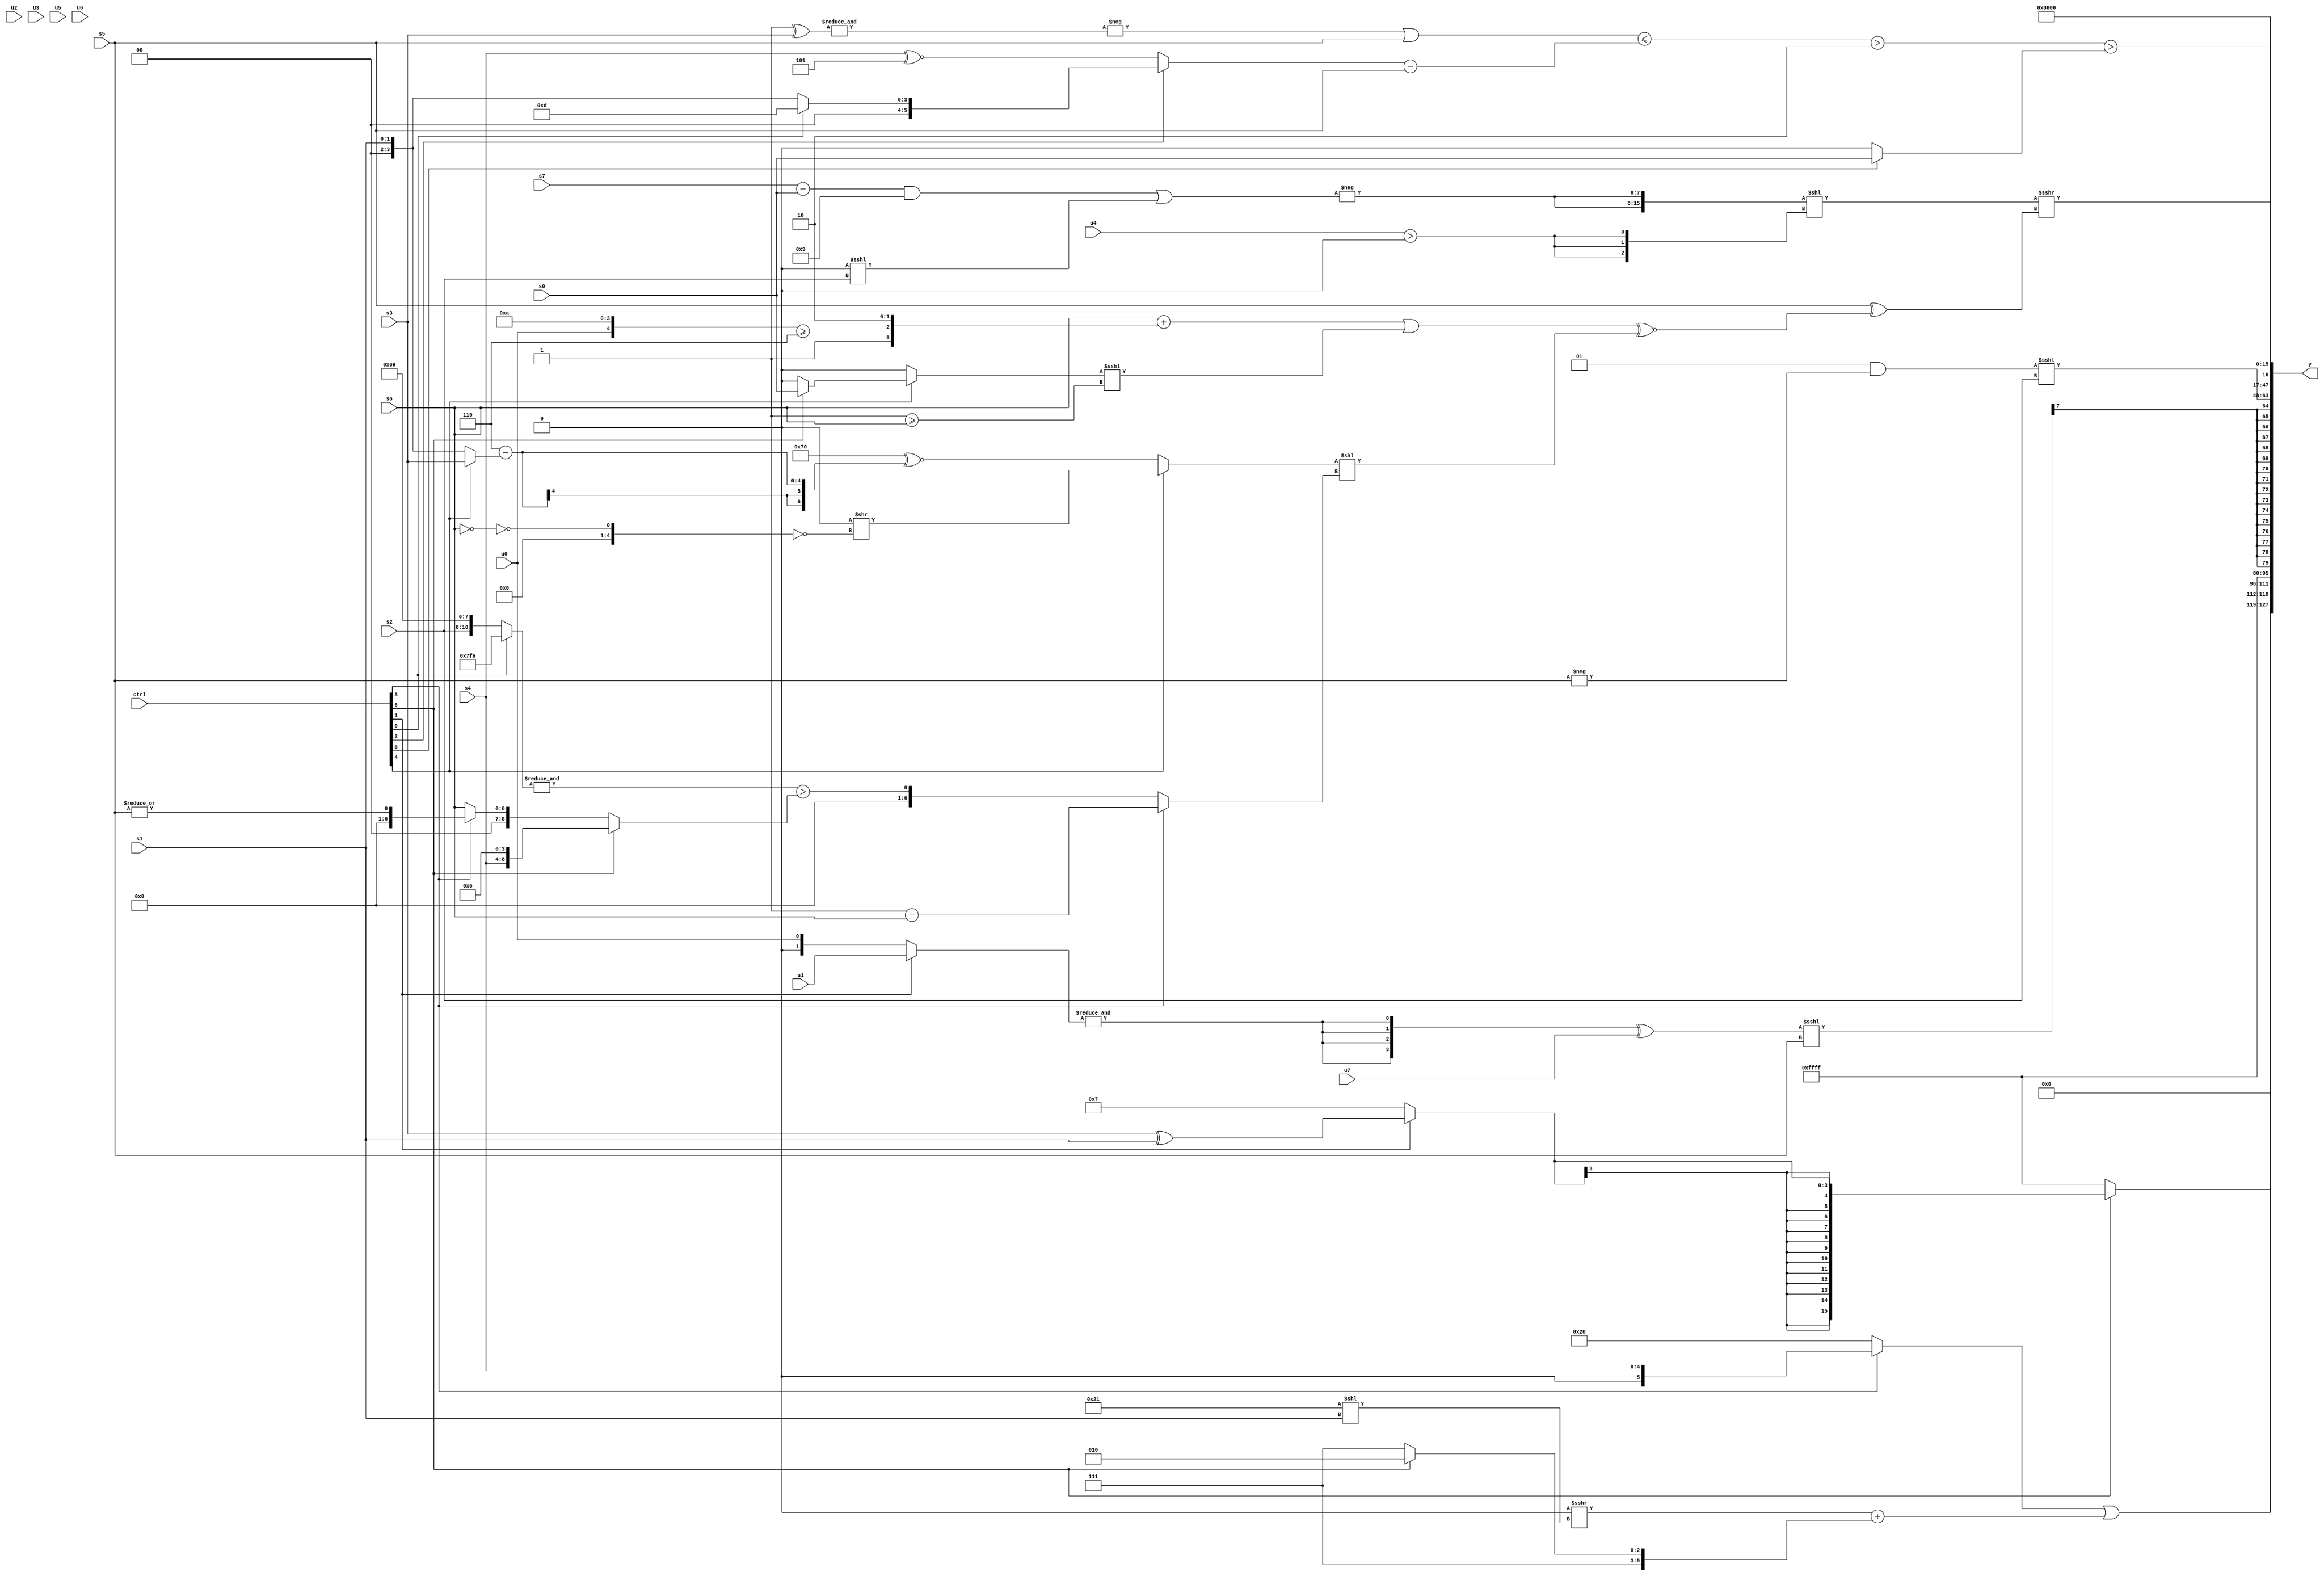
module wideexpr_00782(ctrl, u0, u1, u2, u3, u4, u5, u6, u7, s0, s1, s2, s3, s4, s5, s6, s7, y);
  input [7:0] ctrl;
  input [0:0] u0;
  input [1:0] u1;
  input [2:0] u2;
  input [3:0] u3;
  input [4:0] u4;
  input [5:0] u5;
  input [6:0] u6;
  input [7:0] u7;
  input signed [0:0] s0;
  input signed [1:0] s1;
  input signed [2:0] s2;
  input signed [3:0] s3;
  input signed [4:0] s4;
  input signed [5:0] s5;
  input signed [6:0] s6;
  input signed [7:0] s7;
  output [127:0] y;
  wire [15:0] y0;
  wire [15:0] y1;
  wire [15:0] y2;
  wire [15:0] y3;
  wire [15:0] y4;
  wire [15:0] y5;
  wire [15:0] y6;
  wire [15:0] y7;
  assign y = {y0,y1,y2,y3,y4,y5,y6,y7};
  assign y0 = ((ctrl[3]?s4:(+({2'sb01,5'sb01000}))<<<(((ctrl[6]?s1:s1))>>($signed(3'sb111)))))|(($signed(((2'b11)<<<(2'b10))>>>((6'sb100001)<<(s1))))+($signed((ctrl[6]?(6'sb100010)^~(6'sb100111):(4'sb1100)>>>(5'b00111)))));
  assign y1 = (ctrl[6]?$signed((ctrl[1]?(s3)^($unsigned(s1)):3'sb111)):1'sb1);
  assign y2 = 1'sb1;
  assign y3 = ($signed((({4{&((ctrl[1]?u1:u0))}})^($unsigned(u7)))<<<(s5)))>>>($unsigned(5'sb10010));
  assign y4 = ($signed((3'sb001)&(-(s5))))<<<({1{s2}});
  assign y5 = 1'b1;
  assign y6 = ((((-(&((3'sb111)^(s3))))|(s5))<=(+(((ctrl[2]?(ctrl[0]?4'sb1101:s1):(s4)^~(3'sb101)))-(s5))))>($signed(3'sb010)))>(&((ctrl[5]?{s0}:~^($signed(6'b001011)))));
  assign y7 = ($signed(({2{-($signed((((s7)-(s0))&(-(5'sb00111)))|((1'sb0)<<<(s2))))}})<<({3{(u4)>((&(s7))>>>(3'sb011))}})))>>>((s5)^((((s6)+(+({1'sb1,({u0,4'b1010})>=($signed(3'b110)),+($unsigned(2'sb10))})))|(((ctrl[4]?(ctrl[6]?s0:$signed((s6)>>(5'b11111))):-(((1'sb0)&(1'sb1))>>>(+(3'sb001)))))<<<(-((1'sb1)>=(s6)))))^~(((ctrl[4]?(((ctrl[1]?(5'sb01011)-(6'sb110111):(ctrl[0]?s0:1'sb0)))<<<($signed(4'sb1010)))>>((((5'b10001)>>(2'b01))<<(+(4'b0111)))==(~|(!(s6)))):(((4'sb1111)<<((2'sb11)>>>(6'b010010)))<<<(2'b01))^~((+(3'sb110))-((ctrl[4]?s3:$signed(s1))))))<<((ctrl[3]?(1'b1)-(s6):(&((ctrl[0]?-(3'b110):{s2,4'sb0110,4'b1001})))>((ctrl[6]?{s4,4'sb0101}:(ctrl[3]?|(s5):s6))))))));
endmodule